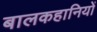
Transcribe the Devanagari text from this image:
बालकहानियों